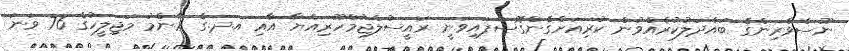
ނޫސްވެރިންގެ ބައްދަލުކުރެއްވުން ކުރިއަށްގެންގޮސްފައިވަނީ ރައީސުލްޖުމްހޫރިއްޔާ އާއި އ.ދ.ގެ ޢާންމު މަޖިލީހުގެ 76 ވަނަ